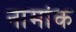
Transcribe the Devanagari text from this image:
नामांक